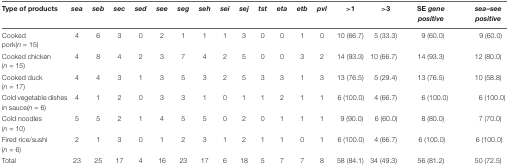
<table><thead><tr><td><b>Type of products</b></td><td><b><i>sea</i></b></td><td><b><i>seb</i></b></td><td><b><i>sec</i></b></td><td><b><i>sed</i></b></td><td><b><i>see</i></b></td><td><b><i>seg</i></b></td><td><b><i>seh</i></b></td><td><b><i>sei</i></b></td><td><b><i>sej</i></b></td><td><b><i>tst</i></b></td><td><b><i>eta</i></b></td><td><b><i>etb</i></b></td><td><b><i>pvl</i></b></td><td><b>&gt;1</b></td><td><b>&gt;3</b></td><td><b>SE <i>gene positive</i></b></td><td><b><i>sea</i>–<i>see positive</i></b></td></tr></thead><tbody><tr><td>Cooked pork(<i>n</i> = 15)</td><td>4</td><td>6</td><td>3</td><td>0</td><td>2</td><td>1</td><td>1</td><td>1</td><td>3</td><td>0</td><td>0</td><td>1</td><td>0</td><td>10 (66.7)</td><td>5 (33.3)</td><td>9 (60.0)</td><td>9 (60.0)</td></tr><tr><td>Cooked chicken (<i>n</i> = 15)</td><td>4</td><td>8</td><td>4</td><td>2</td><td>3</td><td>7</td><td>4</td><td>2</td><td>5</td><td>0</td><td>0</td><td>3</td><td>2</td><td>14 (93.3)</td><td>10 (66.7)</td><td>14 (93.3)</td><td>12 (80.0)</td></tr><tr><td>Cooked duck (<i>n</i> = 17)</td><td>4</td><td>4</td><td>3</td><td>1</td><td>3</td><td>5</td><td>3</td><td>2</td><td>5</td><td>3</td><td>3</td><td>1</td><td>3</td><td>13 (76.5)</td><td>5 (29.4)</td><td>13 (76.5)</td><td>10 (58.8)</td></tr><tr><td>Cold vegetable dishes in sauce(<i>n</i> = 6)</td><td>4</td><td>1</td><td>2</td><td>0</td><td>3</td><td>3</td><td>1</td><td>0</td><td>1</td><td>1</td><td>2</td><td>1</td><td>1</td><td>6 (100.0)</td><td>4 (66.7)</td><td>6 (100.0)</td><td>6 (100.0)</td></tr><tr><td>Cold noodles (<i>n</i> = 10)</td><td>5</td><td>5</td><td>2</td><td>1</td><td>4</td><td>5</td><td>5</td><td>0</td><td>2</td><td>0</td><td>1</td><td>1</td><td>1</td><td>9 (90.0)</td><td>6 (60.0)</td><td>8 (80.0)</td><td>7 (70.0)</td></tr><tr><td>Fired rice/sushi (<i>n</i> = 6)</td><td>2</td><td>1</td><td>3</td><td>0</td><td>1</td><td>2</td><td>3</td><td>1</td><td>2</td><td>1</td><td>1</td><td>0</td><td>1</td><td>6 (100.0)</td><td>4 (66.7)</td><td>6 (100.0)</td><td>6 (100.0)</td></tr><tr><td>Total</td><td>23</td><td>25</td><td>17</td><td>4</td><td>16</td><td>23</td><td>17</td><td>6</td><td>18</td><td>5</td><td>7</td><td>7</td><td>8</td><td>58 (84.1)</td><td>34 (49.3)</td><td>56 (81.2)</td><td>50 (72.5)</td></tr></tbody></table>